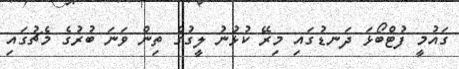
ގައުމީ ފުޓްބޯޅަ ދަނޑުގައި މިރޭ ކުޅުނު ލީގުގެ ތިން ވަނަ ބުރުގެ މެޗުގައި